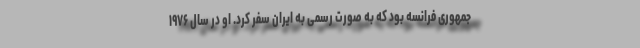
جمهوری فرانسه بود که به صورت رسمی به ایران سفر کرد. او در سال ۱۹۷۶